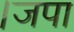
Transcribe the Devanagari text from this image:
।जपा